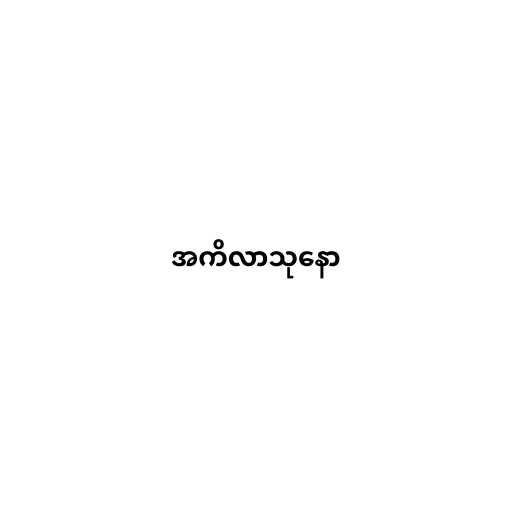
အကိလာသုနော